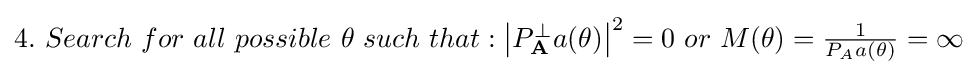
\textstyle 4.\ Search\ for\ all\ possible\ \theta \ such\ that:\left|P_{\mathbf {A} }^{\perp }a(\theta )\right|^{2}=0\ or\ M(\theta )={\frac {1}{P_{A}a(\theta )}}=\infty